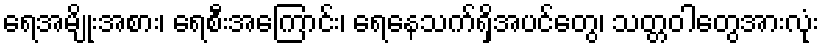
ရေအမျိုးအစား၊ ရေစီးအကြောင်း၊ ရေနေသက်ရှိအပင်တွေ၊ သတ္တဝါတွေအားလုံး